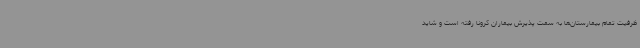
ظرفیت تمام بیمارستان‌ها به سمت پذیرش بیماران کرونا رفته است و شاید